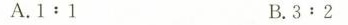
A.1:1 B.3:2